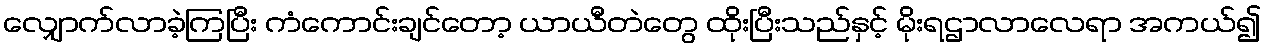
လျှောက်လာခဲ့ကြပြီး ကံကောင်းချင်တော့ ယာယီတဲတွေ ထိုးပြီးသည်နှင့် မိုးရဌာလာလေရာ အကယ်၍